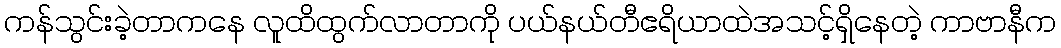
ကန်သွင်းခဲ့တာကနေ လူထိထွက်လာတာကို ပယ်နယ်တီဧရိယာထဲအသင့်ရှိနေတဲ့ ကာဗာနီက